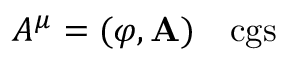
A ^ { \mu } = ( \varphi , \mathbf { A } ) \quad { \mathrm { c g s } }